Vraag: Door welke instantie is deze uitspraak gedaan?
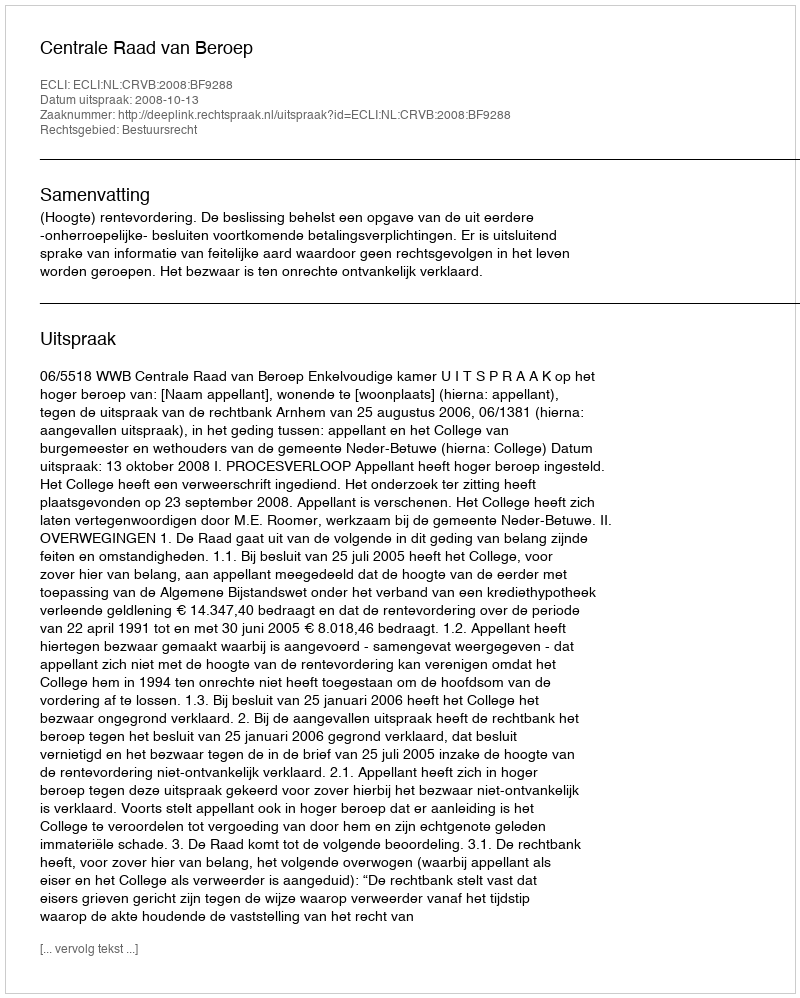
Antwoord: Centrale Raad van Beroep